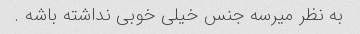
به نظر میرسه جنس خیلی خوبی نداشته باشه .